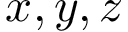
x , y , z